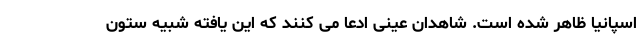
اسپانیا ظاهر شده است. شاهدان عینی ادعا می کنند که این یافته شبیه ستون